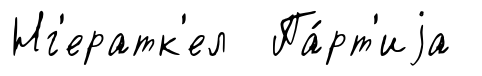
Нг'ератк'ел Па́рт'иjа